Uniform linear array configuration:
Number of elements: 24
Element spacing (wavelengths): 0.5
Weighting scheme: hann
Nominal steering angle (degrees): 30
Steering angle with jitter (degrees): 29.922
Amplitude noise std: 0.05
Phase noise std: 0.05

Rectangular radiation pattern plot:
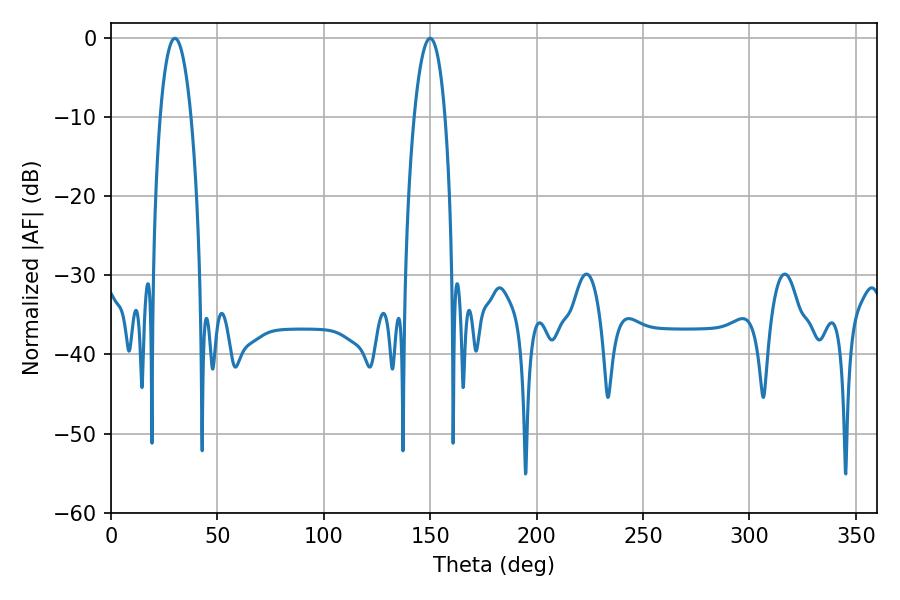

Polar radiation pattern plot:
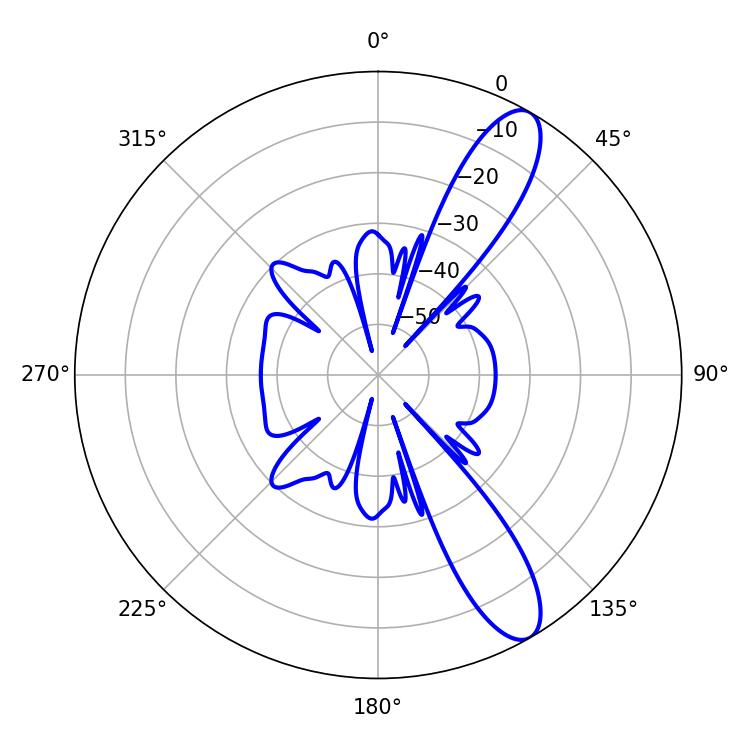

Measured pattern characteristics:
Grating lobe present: FALSE
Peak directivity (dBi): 11.214
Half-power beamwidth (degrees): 8.1
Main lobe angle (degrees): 30.06